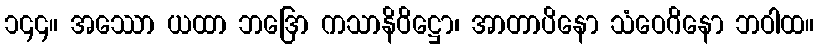
၁၄၄။ အဿော ယထာ ဘဒြော ကသာနိဝိဋ္ဌော၊ အာတာပိနော သံဝေဂိနော ဘဝါထ။